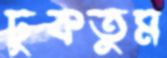
ঢুকতুম